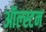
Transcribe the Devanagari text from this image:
ऑल्स्टन